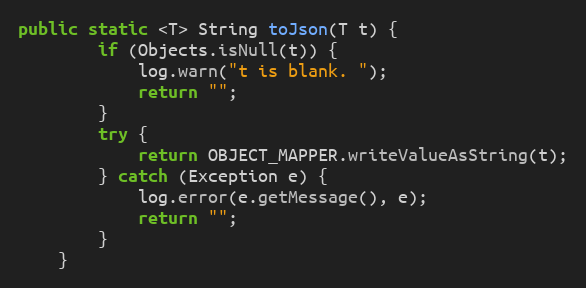
Language: Java
public static <T> String toJson(T t) {
        if (Objects.isNull(t)) {
            log.warn("t is blank. ");
            return "";
        }
        try {
            return OBJECT_MAPPER.writeValueAsString(t);
        } catch (Exception e) {
            log.error(e.getMessage(), e);
            return "";
        }
    }